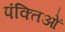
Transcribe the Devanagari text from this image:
पंक्तिओं